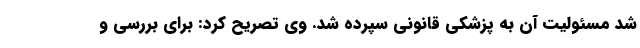
شد مسئولیت آن به پزشکی قانونی سپرده شد. وی تصریح کرد: برای بررسی و